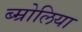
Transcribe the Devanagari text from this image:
ब्म्रोलिया